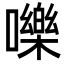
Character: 嚛